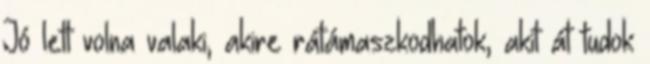
Jó lett volna valaki, akire rátámaszkodhatok, akit át tudok